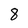
Character: 8